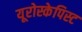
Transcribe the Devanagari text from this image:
यूरोस्केपिस्ट